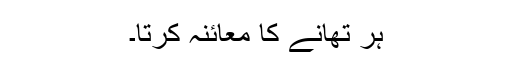
ہر تھانے کا معائنہ کرتا۔